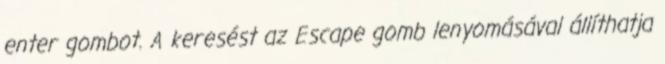
enter gombot. A keresést az Escape gomb lenyomásával állíthatja